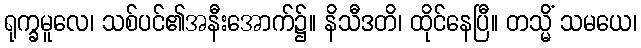
ရုက္ခမူလေ၊ သစ်ပင်၏အနီးအောက်၌။ နိသီဒတိ၊ ထိုင်နေပြီ။ တသ္မိံ သမယေ၊